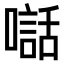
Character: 𫬃